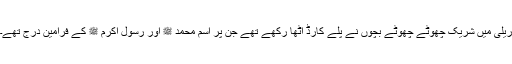
ریلی میں شریک چھوٹے چھوٹے بچوں نے پلے کارڈ اٹھا رکھے تھے جن پر اسم محمد ﷺ اور رسول اکرم ﷺ کے فرامین درج تھے۔